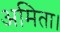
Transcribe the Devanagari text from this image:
अमिता।